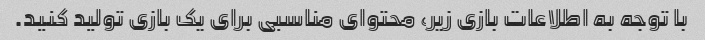
با توجه به اطلاعات بازی زیر، محتوای مناسبی برای یک بازی تولید کنید.